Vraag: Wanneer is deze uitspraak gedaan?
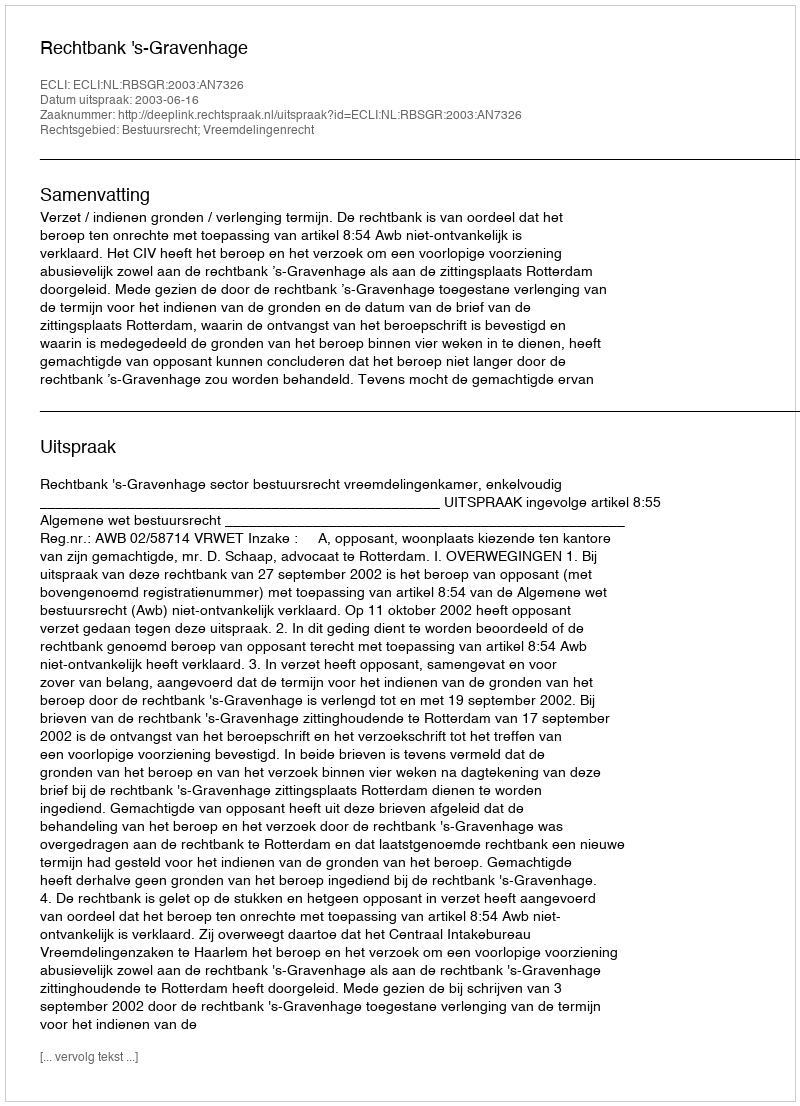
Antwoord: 2003-06-16